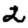
Digit: 2